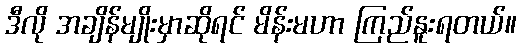
ဒီလို အချိန်မျိုးမှာဆိုရင် မိန်းမဟာ ကြည်နူးရတယ်။